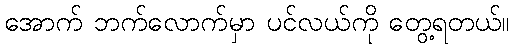
အောက် ဘက်လောက်မှာ ပင်လယ်ကို တွေ့ရတယ်။